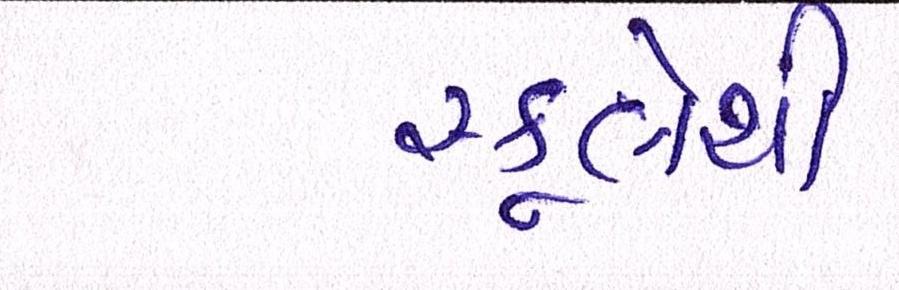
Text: સ્કૂલેથી